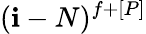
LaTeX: (\mathbf{i}-N)^{f+[P]}